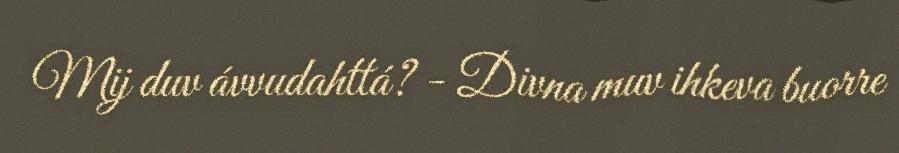
Mij duv ávvudahttá? - Divna muv ihkeva buorre